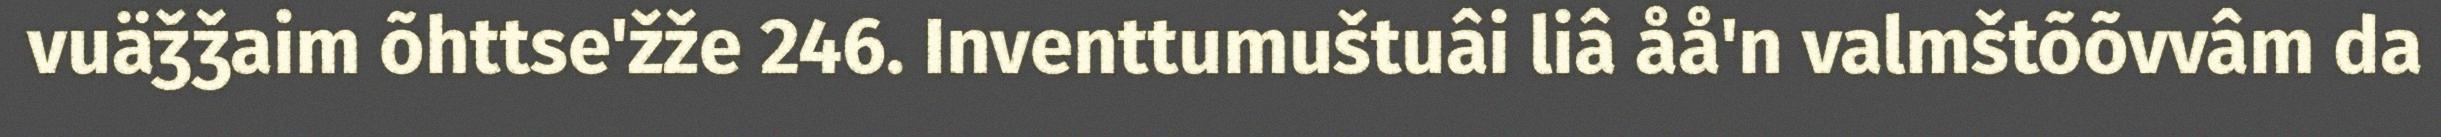
vuäǯǯaim õhttse'žže 246. Inventtumuštuâi liâ åå'n valmštõõvvâm da